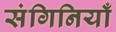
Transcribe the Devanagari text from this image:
संगिनियाँ